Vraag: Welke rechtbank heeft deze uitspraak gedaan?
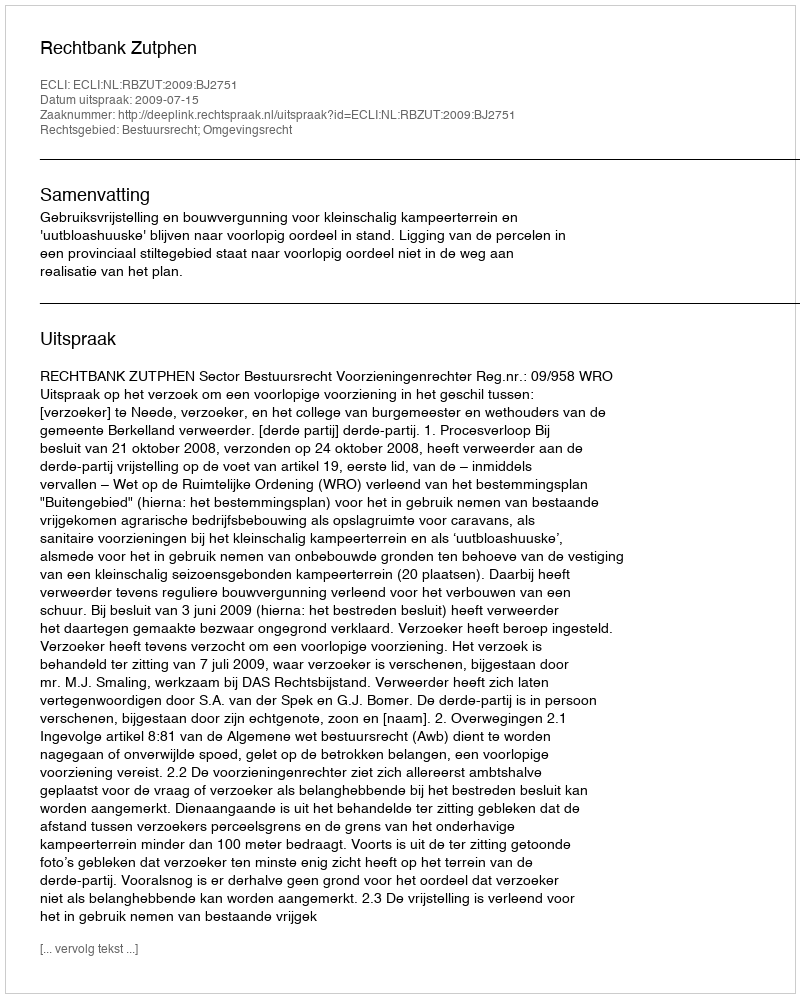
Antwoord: Rechtbank Zutphen